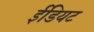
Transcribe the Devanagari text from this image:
ईडियट